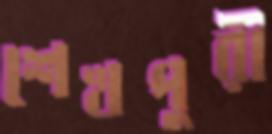
শেখপুরী